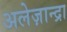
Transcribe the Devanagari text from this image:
अलेज़ान्द्रा